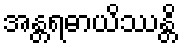
အန္တရဓာယိဿန္တိ